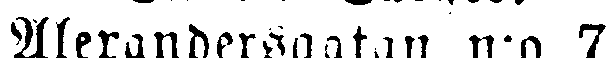
Alexandersgatan n:o 7